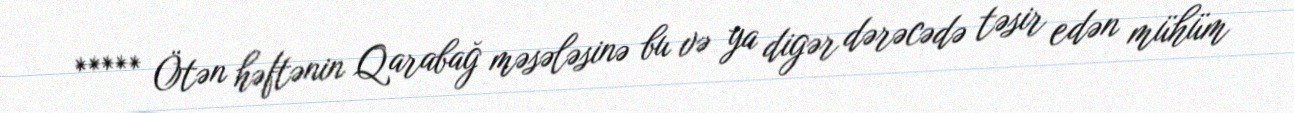
***** Ötən həftənin Qarabağ məsələsinə bu və ya digər dərəcədə təsir edən mühüm